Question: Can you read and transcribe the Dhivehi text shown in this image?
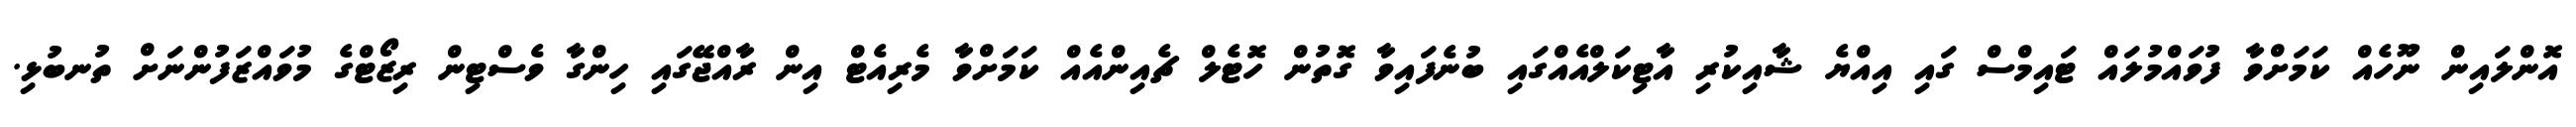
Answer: އޮންލައިން ނޫހެއް ކަމަށްވާ ފުވައްމުލައް ޓައިމްސް ގައި އިއްޔެ ޝާއިކުރި އާޓިކަލްއެއްގައި ބުނެފައިވާ ގޮތުން ހޮޓެލް ޗެއިންއެއް ކަމަށްވާ މެރިއެޓް އިން ރާއްޖޭގައި ހިންގާ ވެސްޓިން ރިޒޯޓްގެ މުވައްޒަފުންނަށް ތުނބުޅި.